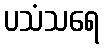
ပသံသရေ